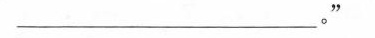
___。”